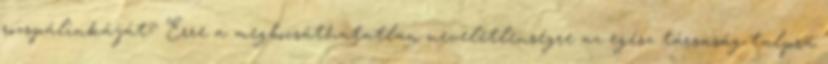
rozspálinkáját? Erre a megbocsáthatatlan neveletlenségre az egész társaság talpra